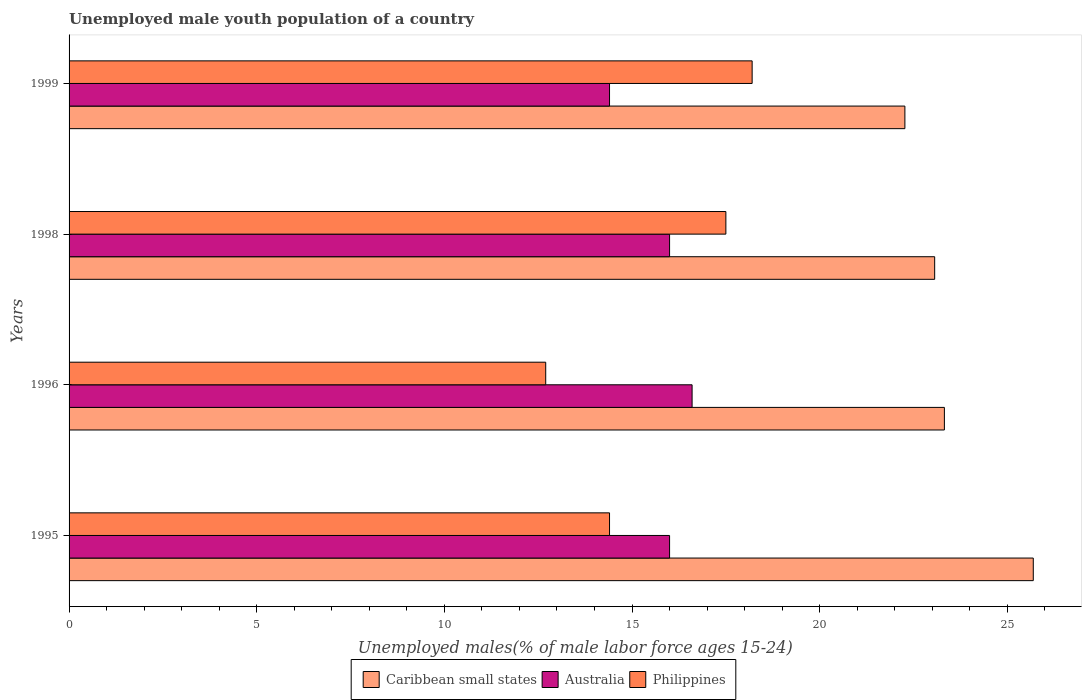
| Years | Caribbean small states | Australia | Philippines |
 | --- | --- | --- | --- |
 | 1995 | 25.7 | 16 | 14.4 |
 | 1996 | 23.3 | 16.6 | 12.7 |
 | 1998 | 23.1 | 16 | 17.5 |
 | 1999 | 22.3 | 14.4 | 18.2 |